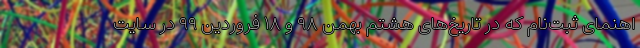
اهنمای ثبت‌نام که در تاریخ‌های هشتم بهمن ۹۸ و ۱۸ فروردین ۹۹ در سایت